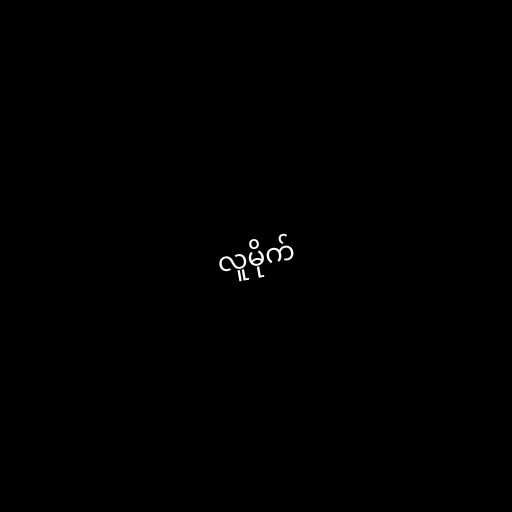
လူမိုက်